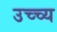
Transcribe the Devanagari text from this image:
उच्च्य